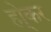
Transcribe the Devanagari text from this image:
हो्कर